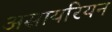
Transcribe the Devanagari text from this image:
असायरियन